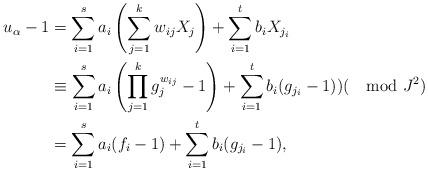
LaTeX: \begin{align*}u_\alpha-1&=\sum_{i=1}^sa_i\left (\sum_{j=1}^k w_{ij}X_j\right )+\sum_{i=1}^t b_iX_{j_i} \\ &\equiv\sum_{i=1}^sa_i\left (\prod_{j=1}^k g_j^{w_{ij}}-1\right )+\sum_{i=1}^tb_i(g_{j_i}-1))(\mod J^2)\\ &=\sum_{i=1}^sa_i(f_i-1)+\sum_{i=1}^tb_i(g_{j_i}-1), \end{align*}